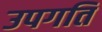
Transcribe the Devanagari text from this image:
उपगति